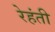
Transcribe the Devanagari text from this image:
रेहंती